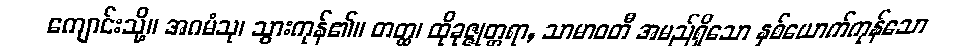
ကျောင်းသို့။ အဂမံသု၊ သွားကုန်၏။ တတ္ထ၊ ထိုခုဇ္ဇုတ္တရာ, သာမာဝတီ အမည်ရှိသော နှစ်ယောက်ကုန်သော